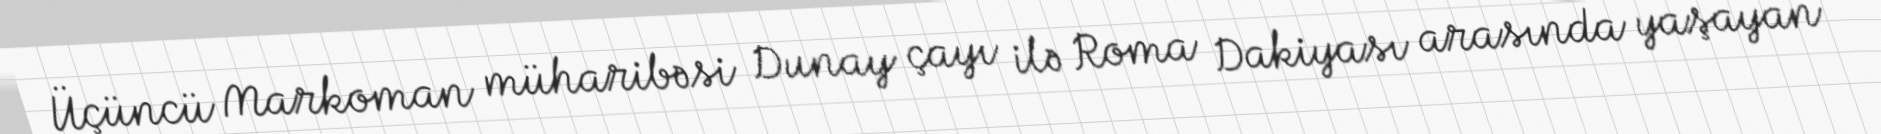
Üçüncü Markoman müharibəsi Dunay çayı ilə Roma Dakiyası arasında yaşayan